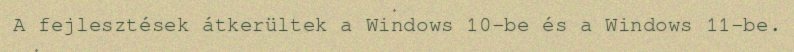
A fejlesztések átkerültek a Windows 10-be és a Windows 11-be.